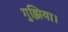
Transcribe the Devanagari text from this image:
गुझिया।